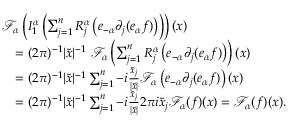
\begin{array} { r l } & { \mathcal { F } _ { \boldsymbol { \alpha } } \left( I _ { 1 } ^ { \boldsymbol { \alpha } } \left( \sum _ { j = 1 } ^ { n } R _ { j } ^ { \boldsymbol { \alpha } } \left( e _ { - \boldsymbol { \alpha } } \partial _ { j } ( e _ { \boldsymbol { \alpha } } f ) \right) \right) \right) ( \boldsymbol { x } ) } \\ & { \quad = ( 2 \pi ) ^ { - 1 } | \widetilde { \boldsymbol { x } } | ^ { - 1 } \ \mathcal { F } _ { \boldsymbol { \alpha } } \left( \sum _ { j = 1 } ^ { n } R _ { j } ^ { \boldsymbol { \alpha } } \left( e _ { - \boldsymbol { \alpha } } \partial _ { j } ( e _ { \boldsymbol { \alpha } } f ) \right) \right) ( \boldsymbol { x } ) } \\ & { \quad = ( 2 \pi ) ^ { - 1 } | \widetilde { \boldsymbol { x } } | ^ { - 1 } \sum _ { j = 1 } ^ { n } - i \frac { \widetilde { x } _ { j } } { | \widetilde { \boldsymbol { x } } | } \mathcal { F } _ { \boldsymbol { \alpha } } \left( e _ { - \boldsymbol { \alpha } } \partial _ { j } ( e _ { \boldsymbol { \alpha } } f ) \right) ( \boldsymbol { x } ) } \\ & { \quad = ( 2 \pi ) ^ { - 1 } | \widetilde { \boldsymbol { x } } | ^ { - 1 } \sum _ { j = 1 } ^ { n } - i \frac { \widetilde { x } _ { j } } { | \widetilde { \boldsymbol { x } } | } 2 \pi i \widetilde { x } _ { j } \mathcal { F } _ { \boldsymbol { \alpha } } ( f ) ( \boldsymbol { x } ) = \mathcal { F } _ { \boldsymbol { \alpha } } ( f ) ( \boldsymbol { x } ) . } \end{array}